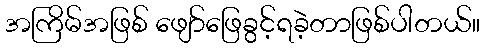
အကြိမ်အဖြစ် ဖျော်ဖြေခွင့်ရခဲ့တာဖြစ်ပါတယ်။